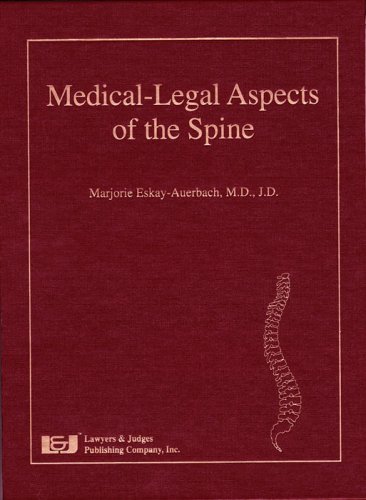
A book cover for Medical-Legal Aspects of the Spine; Marjorie Eskay-Auerbach; Law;